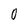
Character: 0